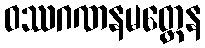
ဝဿဂဏနမတ္တေန